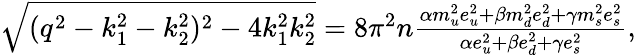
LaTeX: \begin{array}{r}{\sqrt{(q^{2}-k_{1}^{2}-k_{2}^{2})^{2}-4k_{1}^{2}k_{2}^{2}}=8\pi^{2}n\frac{\alpha m_{u}^{2}e_{u}^{2}+\beta m_{d}^{2}e_{d}^{2}+\gamma m_{s}^{2}e_{s}^{2}}{\alpha e_{u}^{2}+\beta e_{d}^{2}+\gamma e_{s}^{2}},}\end{array}